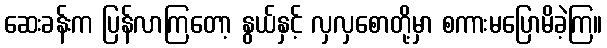
ဆေးခန်းက ပြန်လာကြတော့ နွယ်နှင့် လှလှစောတို့မှာ စကားမပြောမိခဲ့ကြ။